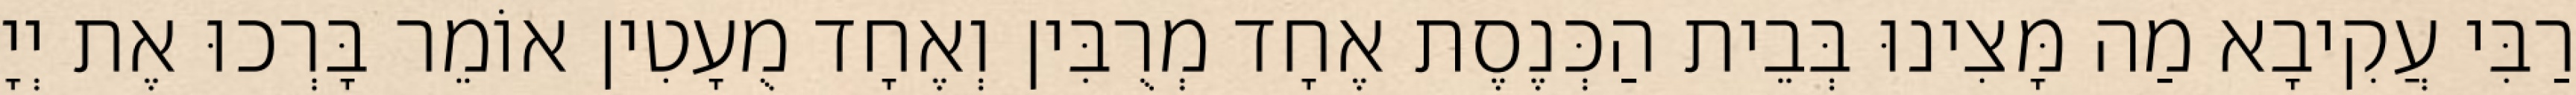
רַבִּי עֲקִיבָא מַה מָּצִינוּ בְּבֵית הַכְּנֶסֶת אֶחָד מְרֻבִּין וְאֶחָד מֻעָטִין אוֹמֵר בָּרְכוּ אֶת יְיָ